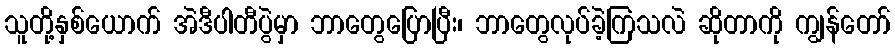
သူတို့နှစ်ယောက် အဲဒီပါတီပွဲမှာ ဘာတွေပြောပြီး၊ ဘာတွေလုပ်ခဲ့ကြသလဲ ဆိုတာကို ကျွန်တော်